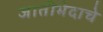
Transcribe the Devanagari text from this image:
जातीभेदाचे